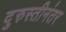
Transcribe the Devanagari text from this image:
दुरुस्तीनंतर